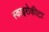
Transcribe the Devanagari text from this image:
स्काइरोकीटा